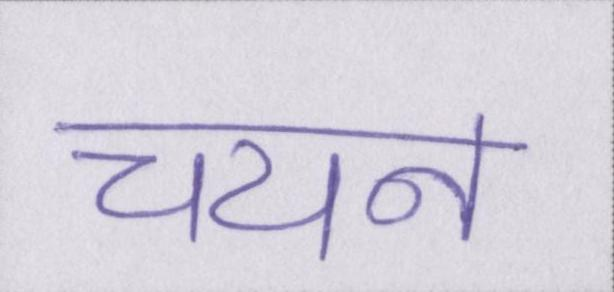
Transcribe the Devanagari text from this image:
चयन